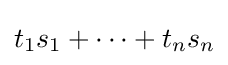
t_{1}s_{1}+\cdots +t_{n}s_{n}